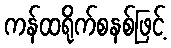
ကန်ထရိုက်စနစ်ဖြင့်